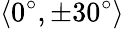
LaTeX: \langle 0^{\circ},\pm 30^{\circ}\rangle